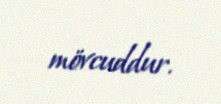
mövcuddur.